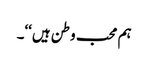
ہم محب وطن ہیں‘‘۔